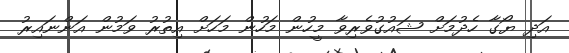
އަދި ޔޯގާ ހެދުމަށް ޝައުގުވެރިވާ މީހުން މަހުން މަހަށް އިތުރު ވަމުން އަންނައިރު